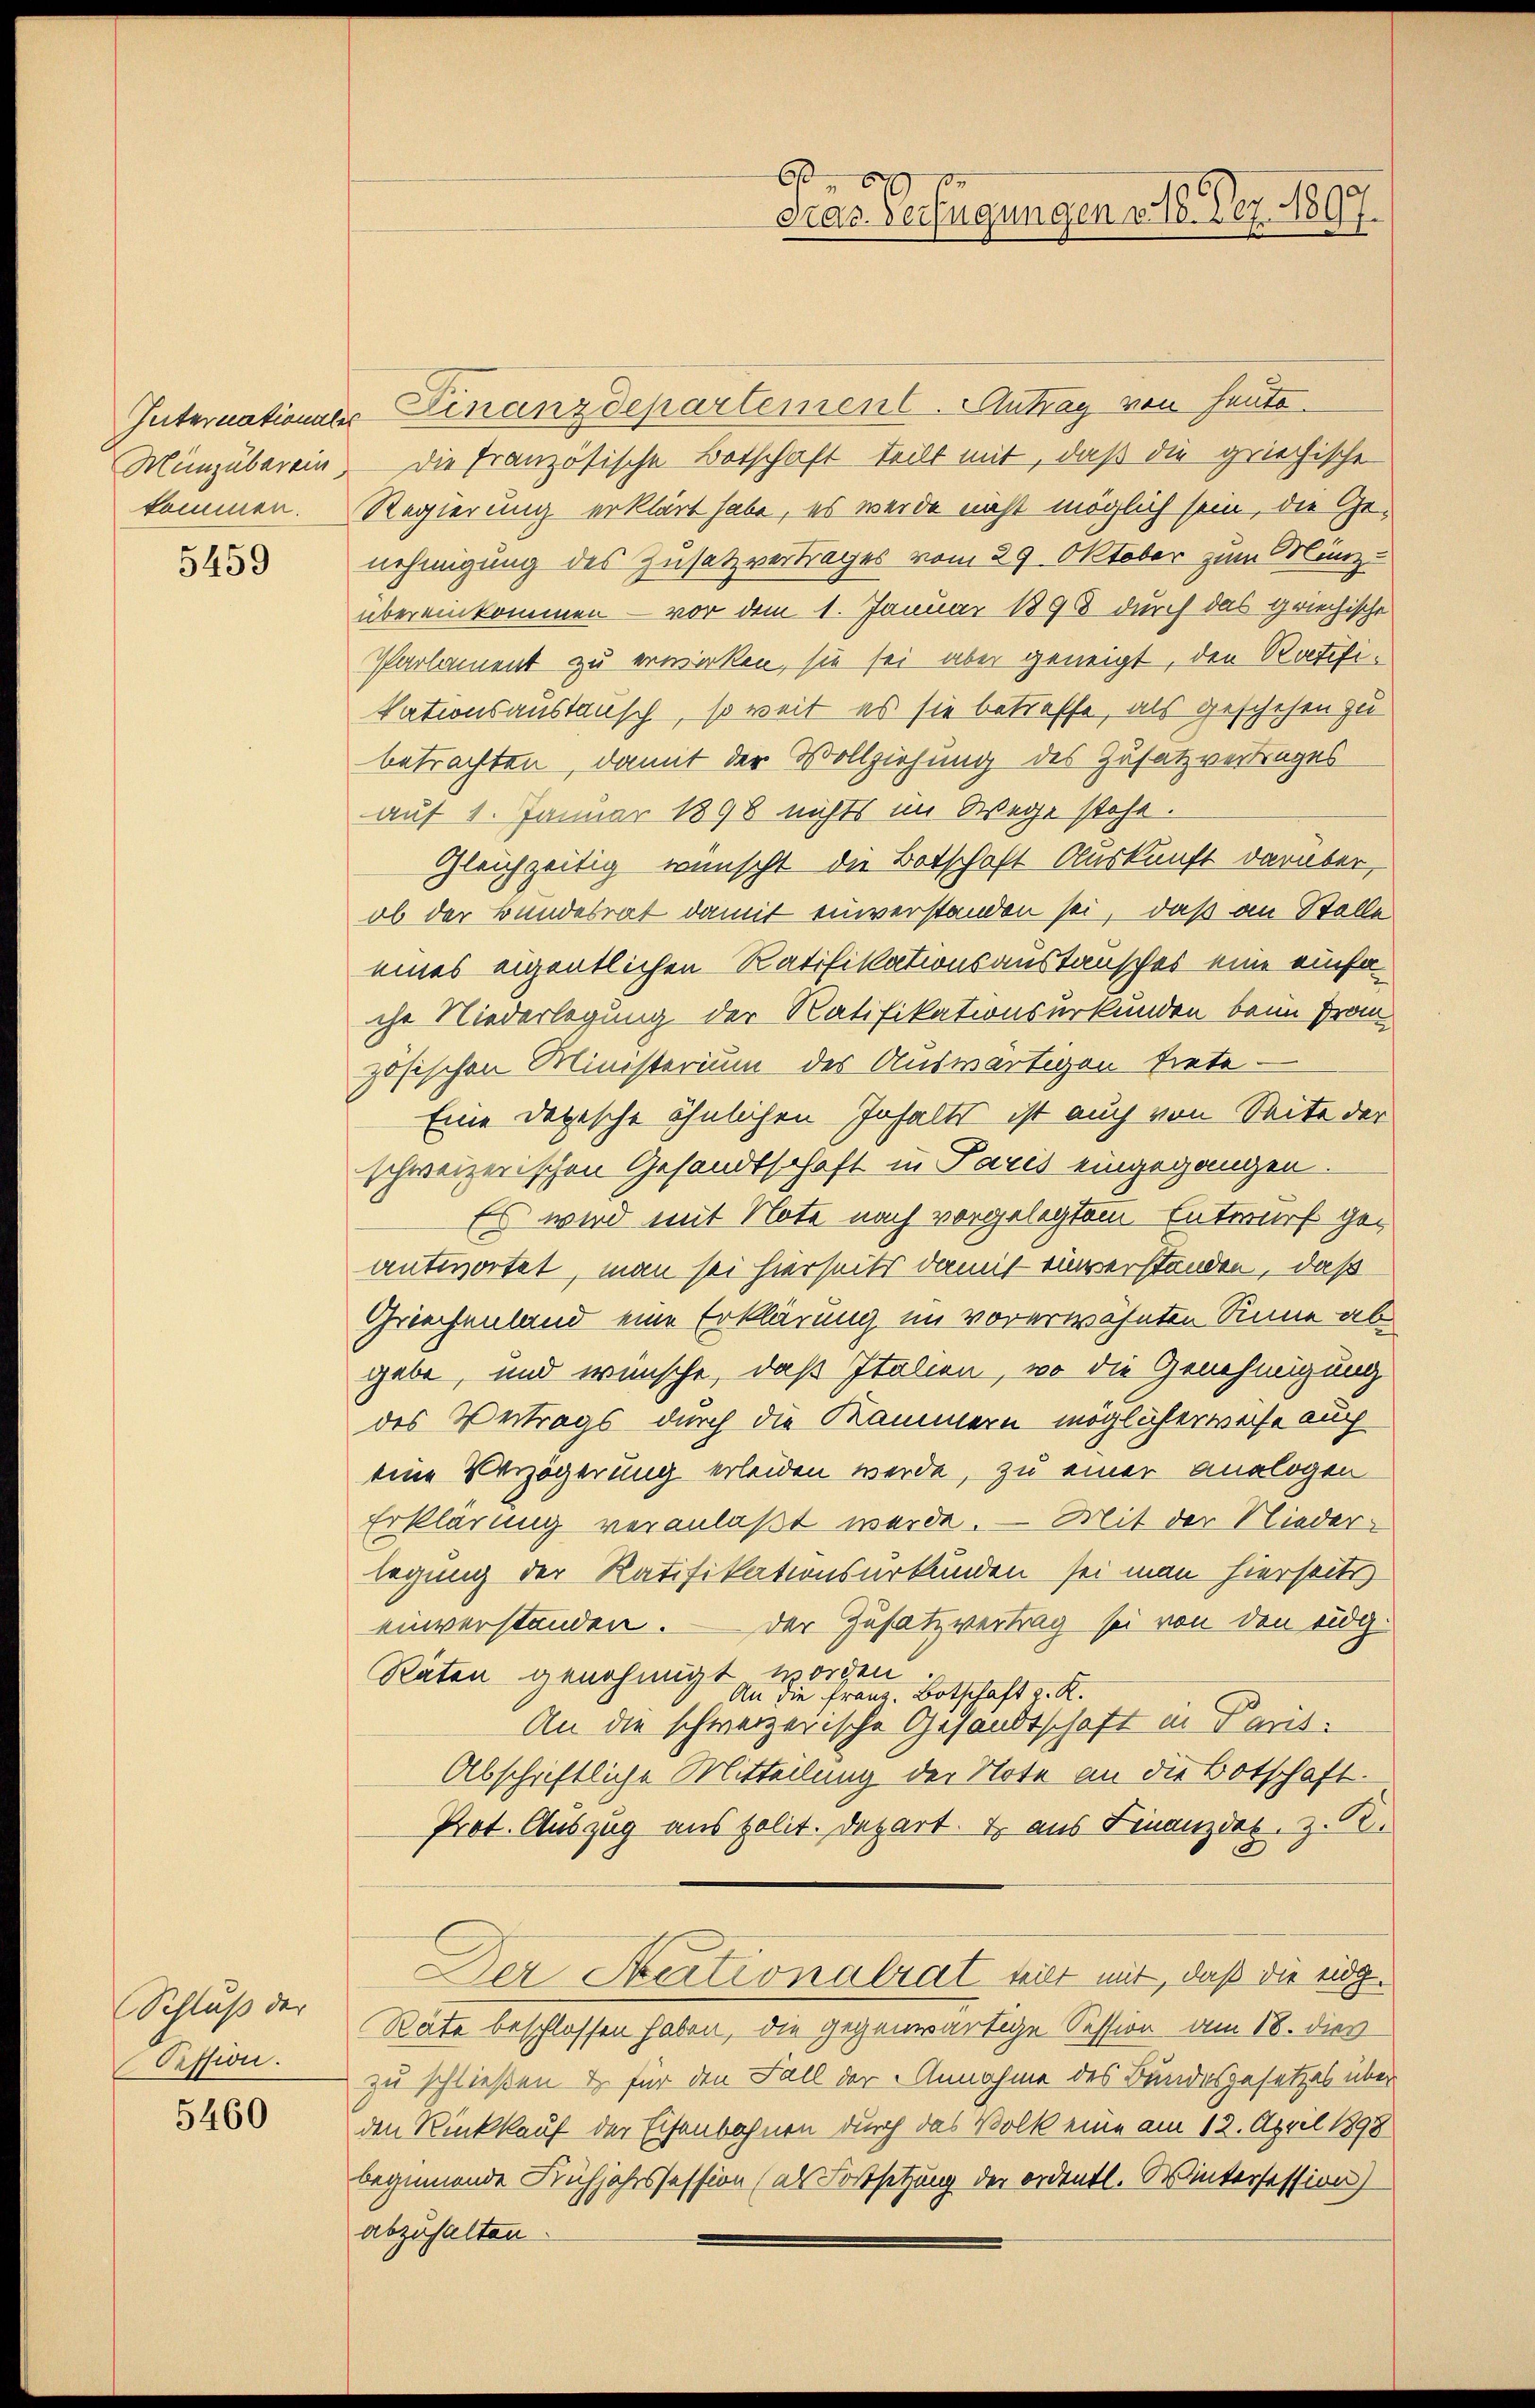
5459

Schluß der
Session.

5460

Internationser Finanzdepartement. Antrag von heute.
Münzuberein. Die französische Botschaft teilt mit, daß die griechische
kommen. Regierung erklärt habe, es werde nicht möglich sein, die Genehmigung des Zusatzvertrages vom 29. Oktober zum Münz-
übereinkommen — vor dem 1. Januar 1898 durch das griechische
Parlament zu erwirken, sie sei aber geneigt, den Ratifikationsaustausch, so weit es sie betreffe, als geschehen zu
betrachten, damit der Vollziehung des Zusatzvertrages
auf 1. Januar 1898 nichts im Wege stehe.
Gleichzeitig wünscht die Botschaft Auskunft darüber,
ob der Bundesrat damit einverstanden sei, daß an Stelle
eines eigentlichen Ratifikationsanstausches eine einfache Niederlegung der Ratifikationsurkunden beim Frau
zösischen Ministerium des Auswärtigen trete¬
Eine dotische ähnlichen Inhalts ist auch von Seite der
schweizerischen Gesandtschaft in Paris eingegangen.
Es wird mit Note nach vorgelegtem Entwurf geantwortet, man sei hierseits damit einverstanden, daß
Griechenland eine Erklärung im vorerwähnten Sinne abgebe, und wünsche, daß Italien, wo die Genehmigung
des Vertrags durch die Kammern möglicherweise auch
eine Verzögerung erleiden werde, zu einer Analogen
Erklärung veranlaßt werde. — Mit der Niederlegung der Ratifikationsurkunden sei man hierseits
einverstanden. — Der Zusatzvertrag sei von den eidg¬
Räten genehmigt worden
An die Franz. Botschaft z. K.
An die schweizerische Gesandtschaft in Paris
Abschriftliche Mitteilung der Note an die Botschaft.
Prot. Auszug aus polit. Depart. I aus Finanzdes. z. B.
Der Stationalrat mit mit, daß die eidg.
Räte beschlossen haben, die gegenwärtige Session am 18. dies
zu schließen & für den Fall der Annahme des Bundesgesetzes über
den Rückkauf der Eisenbahnen durch das Volk eine am 12. April 1898
beginnende Frühjahrssession (als Fortsetzung der ordentl. Wintersession)
abzuhalten.

b
Gras Verfügungen v. 18. Dez. 1897.